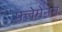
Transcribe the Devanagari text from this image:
फ्लेमेनम